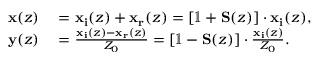
\begin{array} { r l } { \mathbf { x } ( z ) } & { { } = \mathbf { x _ { i } } ( z ) + \mathbf { x _ { r } } ( z ) = \left[ \mathbb { 1 } + \mathbf { S } ( z ) \right] \cdot \mathbf { x _ { i } } ( z ) , } \\ { \mathbf { y } ( z ) } & { { } = \frac { \mathbf { x _ { i } } ( z ) - \mathbf { x _ { r } } ( z ) } { Z _ { 0 } } = \left[ \mathbb { 1 } - \mathbf { S } ( z ) \right] \cdot \frac { \mathbf { x _ { i } } ( z ) } { Z _ { 0 } } . } \end{array}